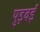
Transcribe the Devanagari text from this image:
पुड़वई